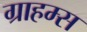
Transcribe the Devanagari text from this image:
ग्राहम्स